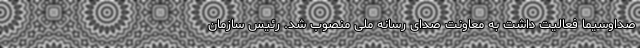
صداوسیما فعالیت داشت به معاونت صدای رسانه ملی منصوب شد. رئیس سازمان